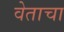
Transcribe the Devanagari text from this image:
वेताचा